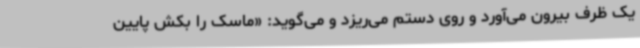
یک ظرف بیرون می‌آورد و روی دستم می‌ریزد و می‌گوید: «ماسک را بکش پایین